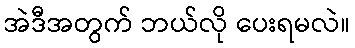
အဲဒီအတွက် ဘယ်လို ပေးရမလဲ။